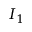
I _ { 1 }